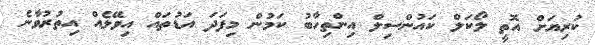
ކުރިޔަށް އޮތީ ލޯކަލް ކައުންސިލް އިންތިހާބު ކަމުން މިފަދަ އަޑުތައް އިވޭލެއް އިތުރުވާނެ